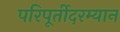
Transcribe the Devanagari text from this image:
परिपूर्तीदरम्यान